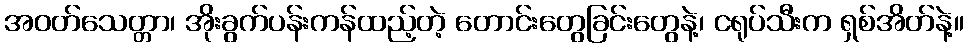
အဝတ်သေတ္တာ၊ အိုးခွက်ပန်းကန်ထည့်တဲ့ တောင်းတွေခြင်းတွေနဲ့၊ ငရုပ်သီးက ရှစ်အိတ်နဲ့။